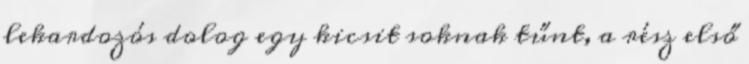
lekardozós dolog egy kicsit soknak tűnt, a rész első